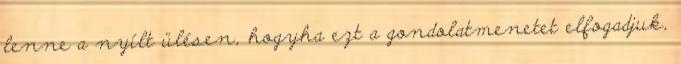
lenne a nyílt ülésen, hogyha ezt a gondolatmenetet elfogadjuk,